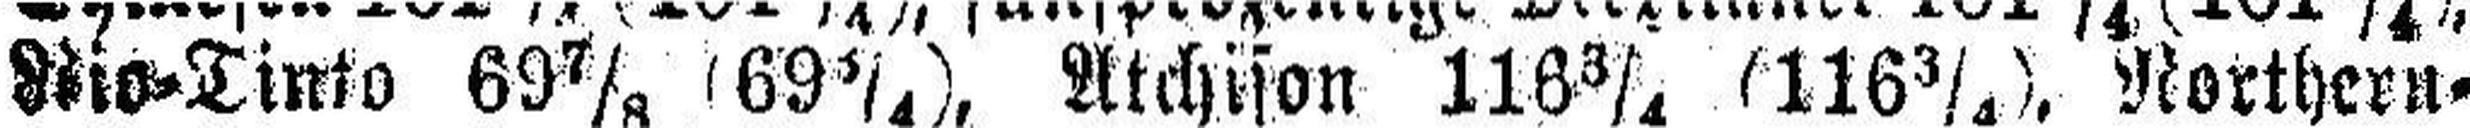
Rio=Tinto 69 7/8 (69 3/4), Atchison 116 3/4 (116 3/4), Northern=